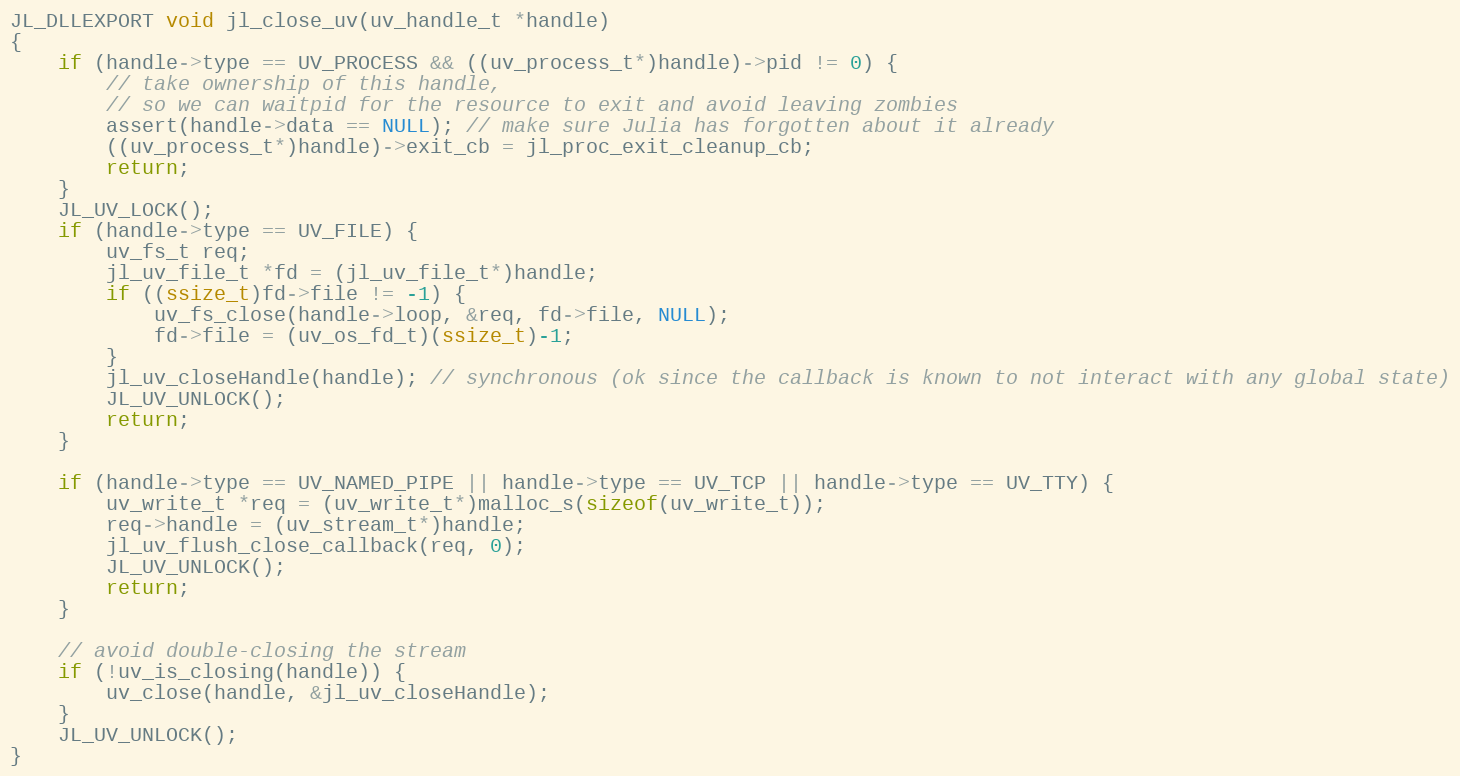
Language: C
JL_DLLEXPORT void jl_close_uv(uv_handle_t *handle)
{
    if (handle->type == UV_PROCESS && ((uv_process_t*)handle)->pid != 0) {
        // take ownership of this handle,
        // so we can waitpid for the resource to exit and avoid leaving zombies
        assert(handle->data == NULL); // make sure Julia has forgotten about it already
        ((uv_process_t*)handle)->exit_cb = jl_proc_exit_cleanup_cb;
        return;
    }
    JL_UV_LOCK();
    if (handle->type == UV_FILE) {
        uv_fs_t req;
        jl_uv_file_t *fd = (jl_uv_file_t*)handle;
        if ((ssize_t)fd->file != -1) {
            uv_fs_close(handle->loop, &req, fd->file, NULL);
            fd->file = (uv_os_fd_t)(ssize_t)-1;
        }
        jl_uv_closeHandle(handle); // synchronous (ok since the callback is known to not interact with any global state)
        JL_UV_UNLOCK();
        return;
    }

    if (handle->type == UV_NAMED_PIPE || handle->type == UV_TCP || handle->type == UV_TTY) {
        uv_write_t *req = (uv_write_t*)malloc_s(sizeof(uv_write_t));
        req->handle = (uv_stream_t*)handle;
        jl_uv_flush_close_callback(req, 0);
        JL_UV_UNLOCK();
        return;
    }

    // avoid double-closing the stream
    if (!uv_is_closing(handle)) {
        uv_close(handle, &jl_uv_closeHandle);
    }
    JL_UV_UNLOCK();
}